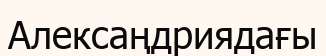
Алексаңдриядағы